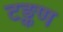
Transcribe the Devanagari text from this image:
टङ्कण